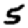
Digit: 5